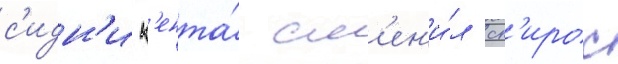
с'идн'и к'ента́ см'ен'и́л сп'ирос